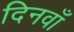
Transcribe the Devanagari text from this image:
दिनवाँ